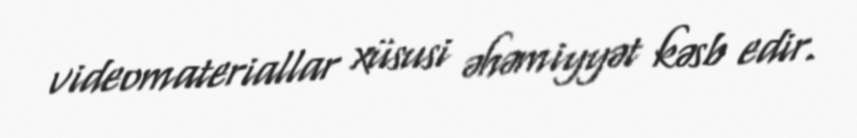
videomateriallar xüsusi əhəmiyyət kəsb edir.